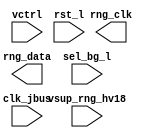
module bw_rng (/*AUTOARG*/
	// Outputs
	rng_data, rng_clk, 
	// Inputs
 	vsup_rng_hv18, sel_bg_l, vctrl, clk_jbus, rst_l 
   	);

 	input	vsup_rng_hv18;
	input	sel_bg_l;
	input [2:0] vctrl;
	input 	clk_jbus;
	input 	rst_l ;
   	output rng_data;
   	output rng_clk;

   	//synopsys translate_off
   	integer     	seed;
   	reg		rand_num;
   	reg		rng_clk;
   	reg		rng_data;
   
   	initial
   	begin
	  seed = 2;
      	  rng_clk = 1'b0;
   	end
   
   	always 
        begin
	  #500000 rng_clk = ~rng_clk;  //period of 1000000 ps
	  rand_num = $random (seed) & rst_l;
	  rng_data = rand_num;
     	end
   //synopsys translate_on

endmodule